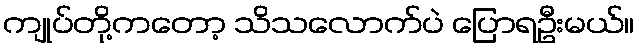
ကျုပ်တို့ကတော့ သိသလောက်ပဲ ပြောရဦးမယ်။